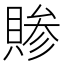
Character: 𬥞